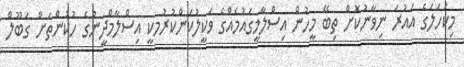
މިކަހަލަގެ އައުރަ ނިވާނުކޮށް ތިބޭ މީހުން އިސްލާމީގައުމެއްގެ ވަކީލުކަންކުރުމކީ އިސްލާމްދީނުގެ ހުކުންތަށް ގަބޫލް